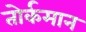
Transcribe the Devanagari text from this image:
तोर्कमान